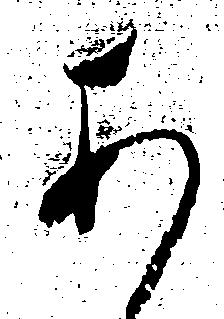
あ